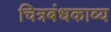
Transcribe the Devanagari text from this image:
चित्रबंधकाव्य